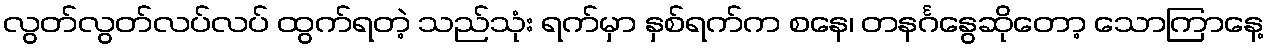
လွတ်လွတ်လပ်လပ် ထွက်ရတဲ့ သည်သုံး ရက်မှာ နှစ်ရက်က စနေ၊ တနင်္ဂနွေဆိုတော့ သောကြာနေ့